Lunatic asylums Burma 1907-21 - 1907-1921
Year: 1907
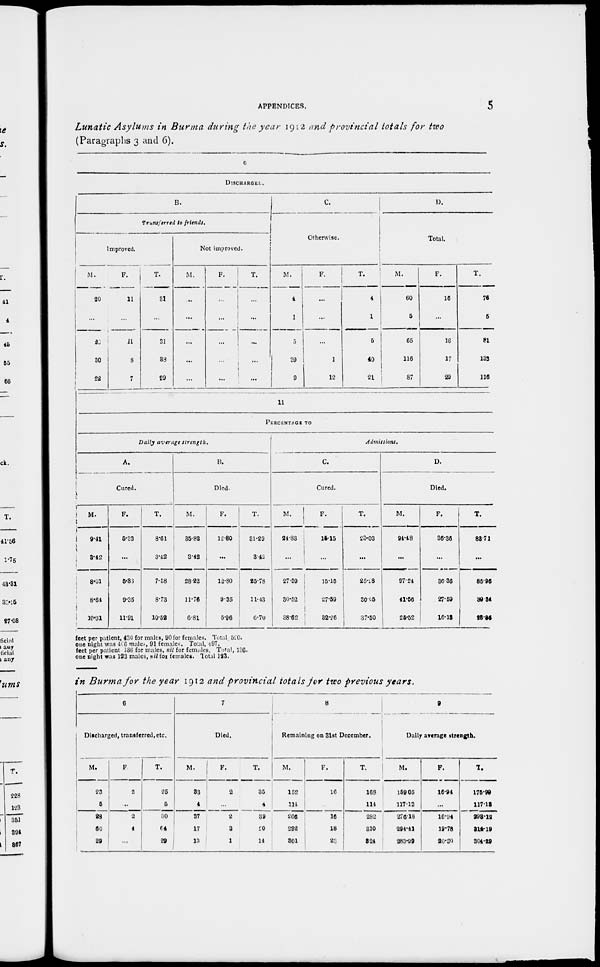
APPENDICES.
5
Lunatic Asylums in Burma during the year 1912 and provincial totals for two
(Paragraphs 3 and 6).
6
DISCHARGED
B.
Transferred to friends.
Improved.
M.
20
...
20
30
22
F.
11
...
11
8
7
T.
31
...
31
38
29
Not improved.
M.
...
...
...
...
...
F.
...
...
...
...
...
T.
...
...
...
...
...
C.
Otherwise.
M.
4
1
5
39
9
F.
...
...
...
1
12
T.
4
1
5
40
21
D.
Total.
M.
60
5
65
116
87
F.
16
...
16
17
29
T.
76
5
81
133
116
11
PERCENTAGE TO
Daily average
strength.
A.
Cured.
M.
9.41
3.42
8.01
8.64
10.31
F.
5.33
...
5.33
9.35
11.91
T.
8.61
3.42
7.58
8.73
10.52
B.
Died.
M.
35.82
3.42
28.22
11.76
6.81
F.
12.80
...
12.80
9.35
5.96
T.
31.29
3.42
25.78
11.43
6.70
Admissions,
C.
Cured.
M.
24.83
...
27.59
30.52
38.62
F.
15.15
...
15.15
27.59
32.26
T.
23.03
...
25.28
30.05
37.50
D.
Died.
M.
94.48
...
97.24
41.56
25.52
F.
36.36
...
36 36
27.59
16.13
T.
83.71
...
85.96
30.34
23.95
feet per patient, 430 for males, 90 for females. Total, 520.
one night was 466 males, 91 females. Total, 497.
feet per patient 136 for males, nil for females. Total, 136.
one night was 123 males, nil for females. Total 123.
in Burma for the year 1912 and provincial totals for two previous years.
6
Discharged, transferred, etc.
M.
23
5
28
60
29
F
2
...
2
4
...
T.
25
5
30
64
29
7
Died.
M.
33
4
37
17
13
F.
2
...
2
3
1
T.
35
4
39
20
14
8
Remaining on 31st December.
M.
152
114
266
292
301
F.
16
...
16
18
23
T.
168
114
282
310
324
9
Daily average strength.
M.
159.05
117.13
276.18
294.41
283.99
F.
16.94
...
16.94
19.78
20.30
T.
175.99
117.18
298.12
314.19
304.29